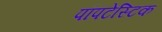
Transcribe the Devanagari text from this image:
पॉपटेस्टिक